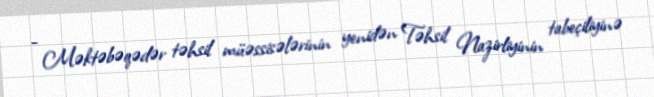
- Məktəbəqədər təhsil müəssisələrinin yenidən Təhsil Nazirliyinin tabeçiliyinə